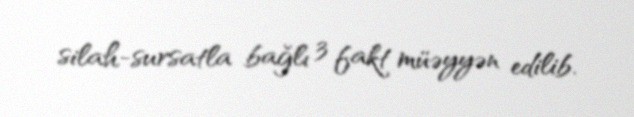
silah-sursatla bağlı 3 fakt müəyyən edilib.